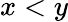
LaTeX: x<y